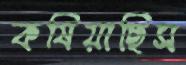
কষিয়াছিস